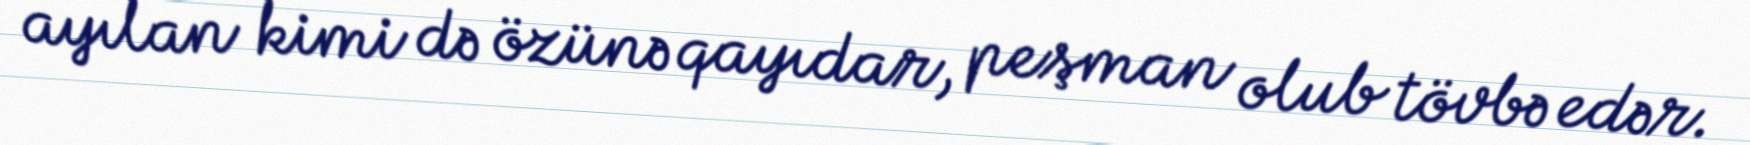
ayılan kimi də özünə qayıdar, peşman olub tövbə edər.